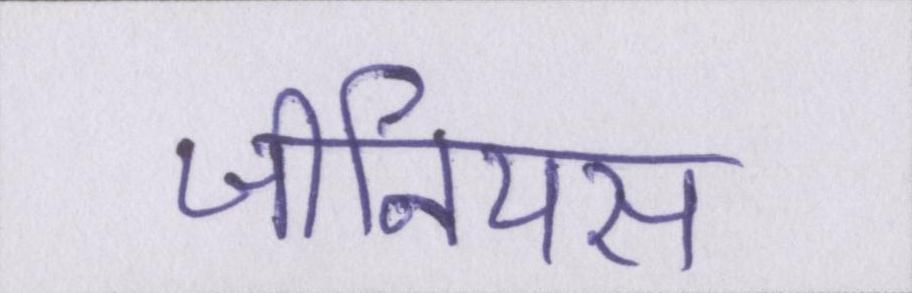
जीनियस